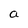
Character: a